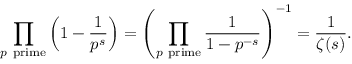
\prod _ { p { \mathrm { ~ p r i m e } } } \left( 1 - { \frac { 1 } { p ^ { s } } } \right) = \left( \prod _ { p { \mathrm { ~ p r i m e } } } { \frac { 1 } { 1 - p ^ { - s } } } \right) ^ { - 1 } = { \frac { 1 } { \zeta ( s ) } } .